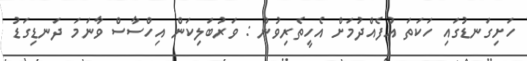
ހަށިގަނޑުގައި ހަކަތަ އުފެއްދުމަށް އެހީތެރިވުން : ވަރުބަލިކަން އިހްސާސް ވާނަމަ ދަނޑިގަޑު